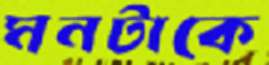
মনটাকে